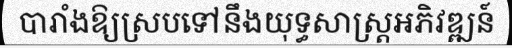
បារាំងឱ្យស្របទៅនឹងយុទ្ធសាស្ត្រអភិវឌ្ឍន៍